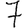
Digit: 7